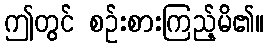
ဤတွင် စဉ်းစားကြည့်မိ၏။